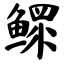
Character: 鳏